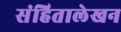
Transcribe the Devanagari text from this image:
संहितालेखन